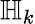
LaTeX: {\mathbb H}_{k}